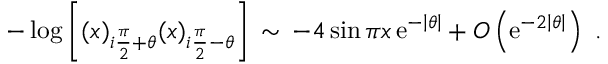
- \log \left[ ( x ) _ { i \frac { \pi } { 2 } + \theta } ( x ) _ { i \frac { \pi } { 2 } - \theta } \right] \, \sim \, - 4 \sin \pi x \, \mathrm { e } ^ { - \left| \theta \right| } + O \left( \mathrm { e } ^ { - 2 \left| \theta \right| } \right) \ .